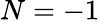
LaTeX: N=-1